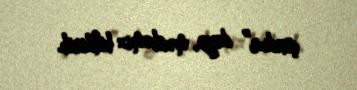
çoxdur” deyə, mənbəmiz bildirib.